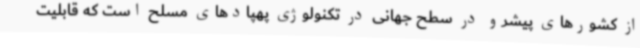
از کشورهای پیشرو در سطح جهانی در تکنولوژی پهپادهای مسلح است که قابلیت